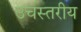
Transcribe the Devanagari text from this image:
उचस्तरीय